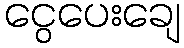
ငွေပေးချေ